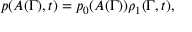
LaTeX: p ( A ( \Gamma ) , t ) = p _ { 0 } ( A ( \Gamma ) ) \rho _ { 1 } ( \Gamma , t ) ,